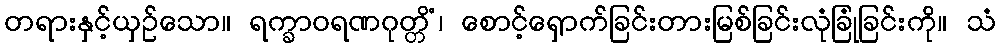
တရားနှင့်ယှဉ်သော။ ရက္ခာဝရဏဂုတ္တိံ၊ စောင့်ရှောက်ခြင်းတားမြစ်ခြင်းလုံခြုံခြင်းကို။ သံ